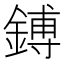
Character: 鎛